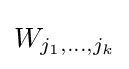
W_{j_{1},\dots ,j_{k}}